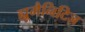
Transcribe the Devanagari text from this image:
ह्यूमैनिटिज